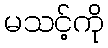
မသင့်ကို